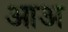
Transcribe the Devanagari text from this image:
आअ